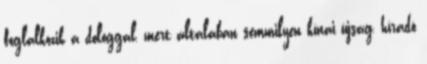
foglalkozik a dologgal, mert általában semmilyen kínai újság, híradó